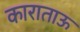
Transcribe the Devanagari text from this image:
काराताऊ